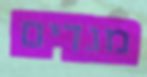
מגדים